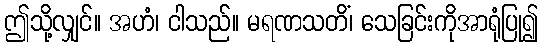
ဤသို့လျှင်။ အဟံ၊ ငါသည်။ မရဏသတိံ၊ သေခြင်းကိုအာရုံပြု၍